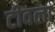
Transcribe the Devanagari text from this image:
टीवला